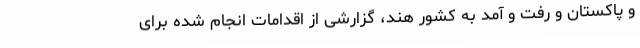
و پاکستان و رفت و آمد به کشور هند، گزارشی از اقدامات انجام شده برای